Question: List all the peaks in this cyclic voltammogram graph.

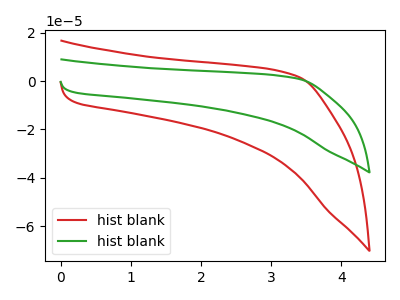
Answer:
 <answer>The red curve "hist blank1" has no peaks. The green curve "hist blank2" has no peaks.</answer>
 <eval></eval>